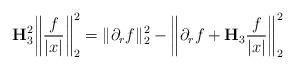
LaTeX: \begin{align*} \mathbf{H}_{3}^2 \bigg\| \frac{f}{|x|} \bigg\|_{2}^2 = \|\partial_r f\|_{2}^2 - \bigg\|\partial_r f + \mathbf{H}_{3} \frac{f}{|x|} \bigg\|_{2}^2 \end{align*}